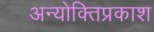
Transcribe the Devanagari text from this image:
अन्योक्तिप्रकाश